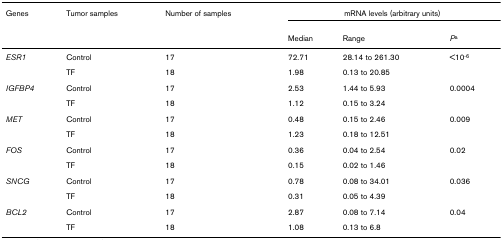
<table><thead><tr><td><b>Genes</b></td><td><b>Tumor samples</b></td><td><b>Number of samples</b></td><td colspan="3"><b>mRNA levels (arbitrary units)</b></td></tr><tr><td></td><td></td><td></td><td><b>Median</b></td><td><b>Range</b></td><td><b><i>P</i><sup>a</sup></b></td></tr></thead><tbody><tr><td><i>ESR1</i></td><td>Control</td><td>17</td><td>72.71</td><td>28.14 to 261.30</td><td>&lt;10<sup>-6</sup></td></tr><tr><td></td><td>TF</td><td>18</td><td>1.98</td><td>0.13 to 20.85</td><td></td></tr><tr><td><i>IGFBP4</i></td><td>Control</td><td>17</td><td>2.53</td><td>1.44 to 5.93</td><td>0.0004</td></tr><tr><td></td><td>TF</td><td>18</td><td>1.12</td><td>0.15 to 3.24</td><td></td></tr><tr><td><i>MET</i></td><td>Control</td><td>17</td><td>0.48</td><td>0.15 to 2.46</td><td>0.009</td></tr><tr><td></td><td>TF</td><td>18</td><td>1.23</td><td>0.18 to 12.51</td><td></td></tr><tr><td><i>FOS</i></td><td>Control</td><td>17</td><td>0.36</td><td>0.04 to 2.54</td><td>0.02</td></tr><tr><td></td><td>TF</td><td>18</td><td>0.15</td><td>0.02 to 1.46</td><td></td></tr><tr><td><i>SNCG</i></td><td>Control</td><td>17</td><td>0.78</td><td>0.08 to 34.01</td><td>0.036</td></tr><tr><td></td><td>TF</td><td>18</td><td>0.31</td><td>0.05 to 4.39</td><td></td></tr><tr><td><i>BCL2</i></td><td>Control</td><td>17</td><td>2.87</td><td>0.08 to 7.14</td><td>0.04</td></tr><tr><td></td><td>TF</td><td>18</td><td>1.08</td><td>0.13 to 6.8</td><td></td></tr></tbody></table>